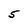
Character: 5